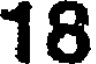
18